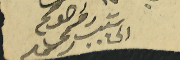
اخوكم رحمى رعد